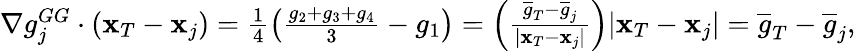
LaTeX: \begin{array}{r}{\nabla g_{j}^{GG}\cdot({\mathbf x}_{T}-{\mathbf x}_{j})=\frac{1}{4}\left(\frac{g_{2}+g_{3}+g_{4}}{3}-g_{1}\right)=\left(\frac{\overline{{g}}_{T}-\overline{{g}}_{j}}{|{\mathbf x}_{T}-{\mathbf x}_{j}|}\right)|{\mathbf x}_{T}-{\mathbf x}_{j}|=\overline{{g}}_{T}-\overline{{g}}_{j},}\end{array}